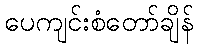
ပေကျင်းစံတော်ချိန်